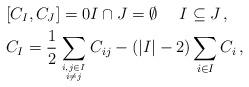
LaTeX: \begin{align*}& [C_I,C_J]=0 I \cap J =\emptyset\ \ \ \ I\subseteq J \,, \\& C_I=\frac{1}{2}\sum_{i,j\in I \atop i\neq j} C_{ij} -( |I|-2 ) \sum_{i\in I} C_i\,,\end{align*}